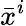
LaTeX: {\bar{x}}^{i}